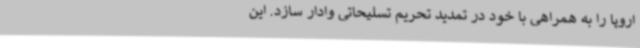
اروپا را به همراهی با خود در تمدید تحریم تسلیحاتی وادار سازد. این